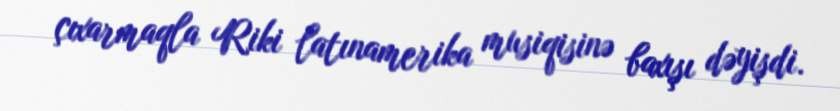
çıxarmaqla Riki latınamerika musiqisinə baxışı dəyişdi.